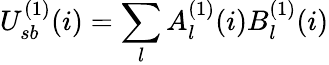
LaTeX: U_{sb}^{(1)}(i)=\sum_{l}A_{l}^{(1)}(i)B_{l}^{(1)}(i)